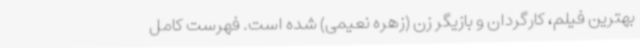
بهترین فیلم، کارگردان و بازیگر زن (زهره نعیمی) شده است. فهرست کامل